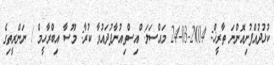
ކުޅުދުއްފުށިއޮންނަ ތާރީޚް: 2014-03-24 މައްސަލަ: ްއިސްތިއުނާފުދައުވާ ކުރާ: މޫސާ އިބްރާހީމް / ނަންރީތިގެ